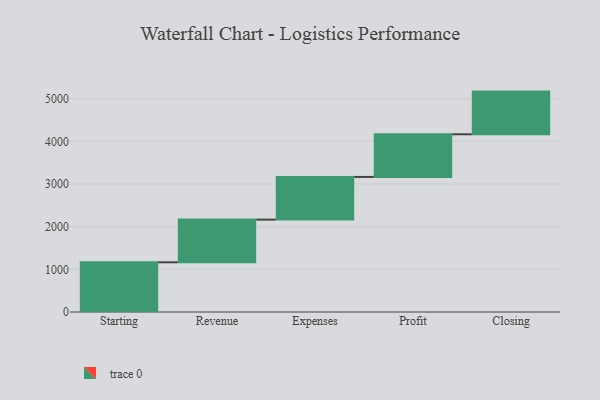
{"axis": {"x": "Step", "y": "Value"}, "legend": [""], "data": [{"x": "Starting", "y": 1165.0, "type": ""}, {"x": "Revenue", "y": 1000, "type": ""}, {"x": "Expenses", "y": 1000, "type": ""}, {"x": "Profit", "y": 1000, "type": ""}, {"x": "Closing", "y": 1000, "type": ""}]}